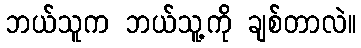
ဘယ်သူက ဘယ်သူ့ကို ချစ်တာလဲ။